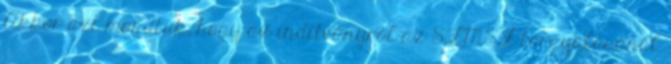
Akkor azt mondtuk, hogy az indítványról az SZMSZ tárgyalásánál